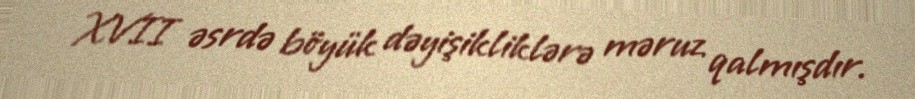
XVII əsrdə böyük dəyişikliklərə məruz qalmışdır.